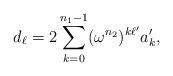
LaTeX: \begin{align*} d_\ell = 2\sum_{k=0}^{n_1 - 1} (\omega^{n_2})^{k\ell'} a'_k,\end{align*}